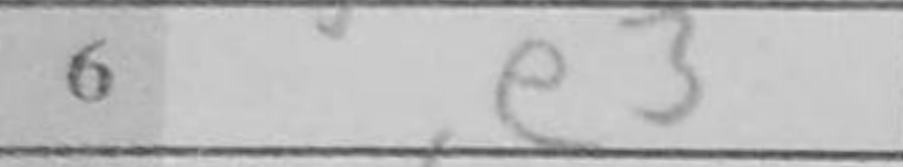
Transcription: e3